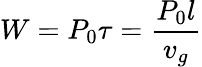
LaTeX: W=P_{0}\tau=\frac{P_{0}l}{v_{g}}